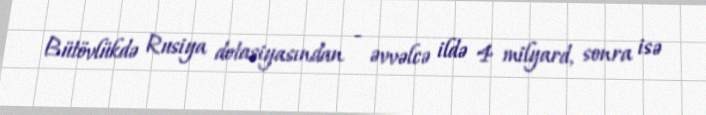
Bütövlükdə Rusiya dotasiyasından - əvvəlcə ildə 4 milyard, sonra isə